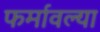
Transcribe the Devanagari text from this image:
फर्मावल्या